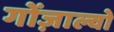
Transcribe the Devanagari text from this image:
गोंज़ाल्वो